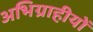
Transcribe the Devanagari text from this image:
अभिग्राहीयों